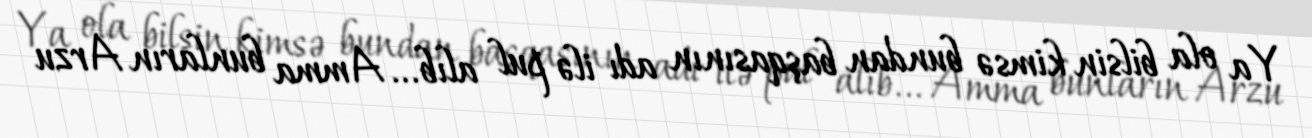
Ya ola bilsin kimsə bundan başqasının adı ilə pul alıb... Amma bunların Arzu